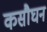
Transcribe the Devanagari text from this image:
कसौघन